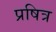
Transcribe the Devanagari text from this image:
प्रषित्र